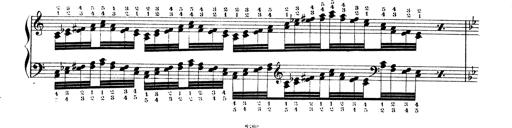
Title: Technische Studien
Composer: Franz Liszt